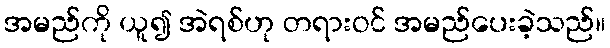
အမည်ကို ယူ၍ အဲရစ်ဟု တရားဝင် အမည်ပေးခဲ့သည်။